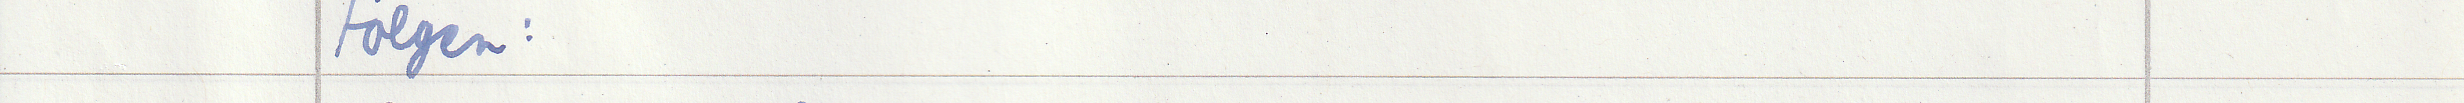
Folgen: